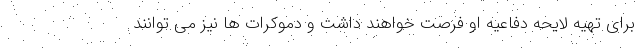
برای تهیه لایحه دفاعیه او فرصت خواهند داشت و دموکرات ها نیز می توانند